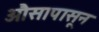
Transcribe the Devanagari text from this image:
औसापासून